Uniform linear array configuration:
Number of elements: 64
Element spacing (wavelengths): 0.75
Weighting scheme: binomial
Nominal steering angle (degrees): -45
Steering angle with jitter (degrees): -43.986
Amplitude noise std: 0.05
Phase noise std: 0.05

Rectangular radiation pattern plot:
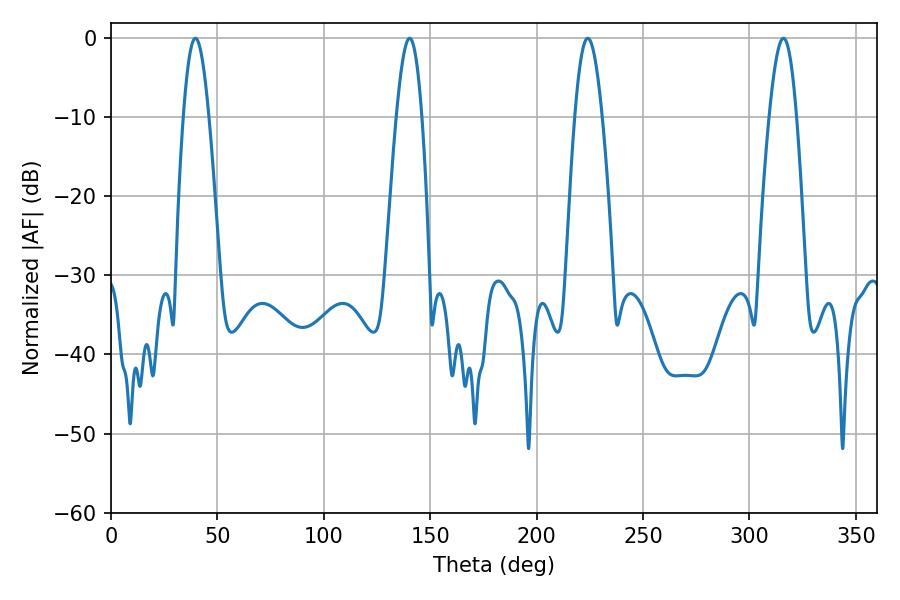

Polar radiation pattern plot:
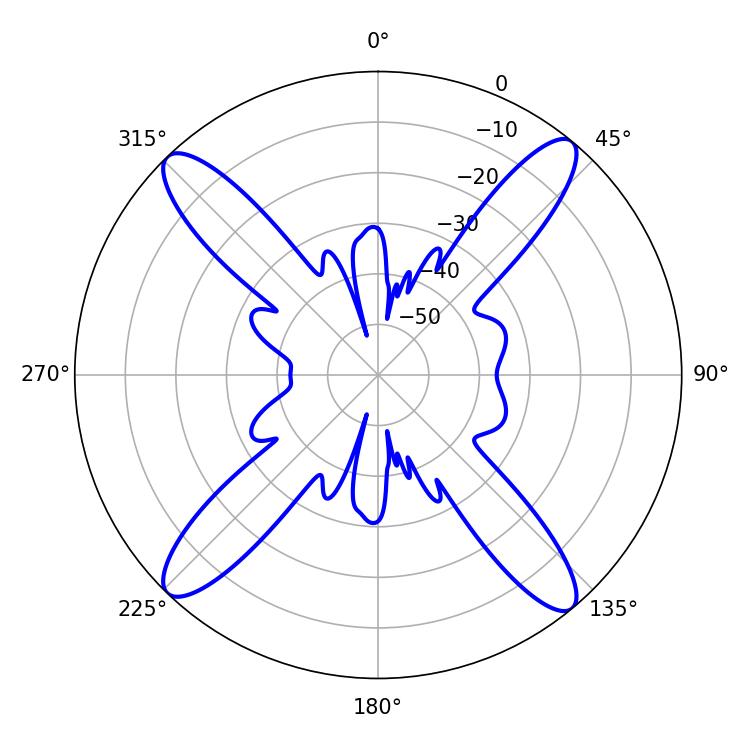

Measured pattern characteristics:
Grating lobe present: TRUE
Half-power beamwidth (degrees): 6.48
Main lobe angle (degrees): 39.6